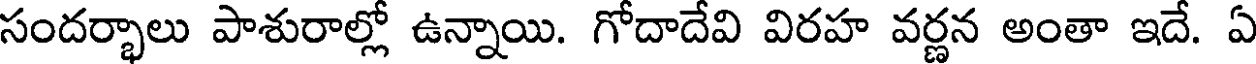
సందర్భాలు పాశురాల్లో ఉన్నాయి. గోదాదేవి విరహ వర్ణన అంతా ఇదే. ఏ